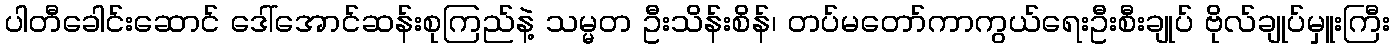
ပါတီခေါင်းဆောင် ဒေါ်အောင်ဆန်းစုကြည်နဲ့ သမ္မတ ဦးသိန်းစိန်၊ တပ်မတော်ကာကွယ်ရေးဦးစီးချုပ် ဗိုလ်ချုပ်မှူးကြီး